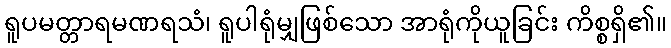
ရူပမတ္တာရမဏရသံ၊ ရူပါရုံမျှဖြစ်သော အာရုံကိုယူခြင်း ကိစ္စရှိ၏။